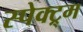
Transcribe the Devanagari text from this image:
स्पेक्ट्र्म